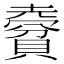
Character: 𧷨